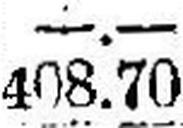
408.70